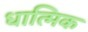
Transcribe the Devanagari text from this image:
धात्मिक